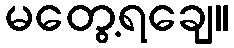
မတွေ့ရချေ။